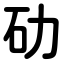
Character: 劯